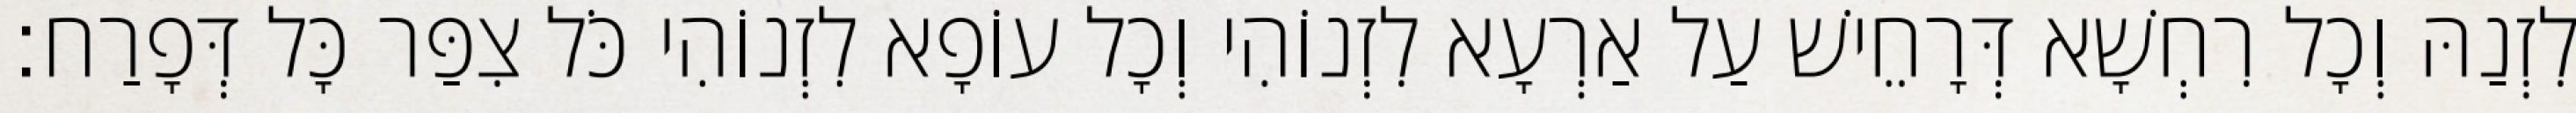
לִזְנַהּ וְכָל רִחְשָׁא דְּרָחֵישׁ עַל אַרְעָא לִזְנוֹהִי וְכָל עוֹפָא לִזְנוֹהִי כֹּל צִפַּר כָּל דְּפָרַח׃